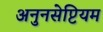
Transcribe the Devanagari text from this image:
अनुनसेप्टियम